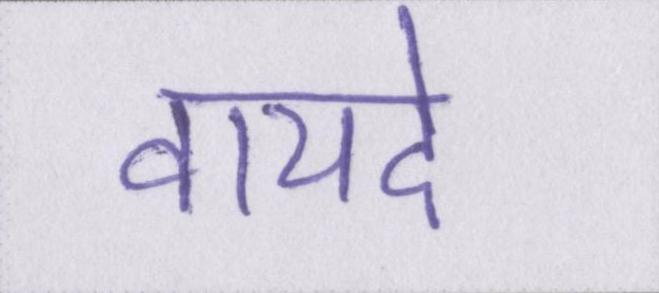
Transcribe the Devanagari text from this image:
वायदे